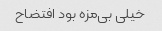
خیلی بی‌مزه بود افتضاح